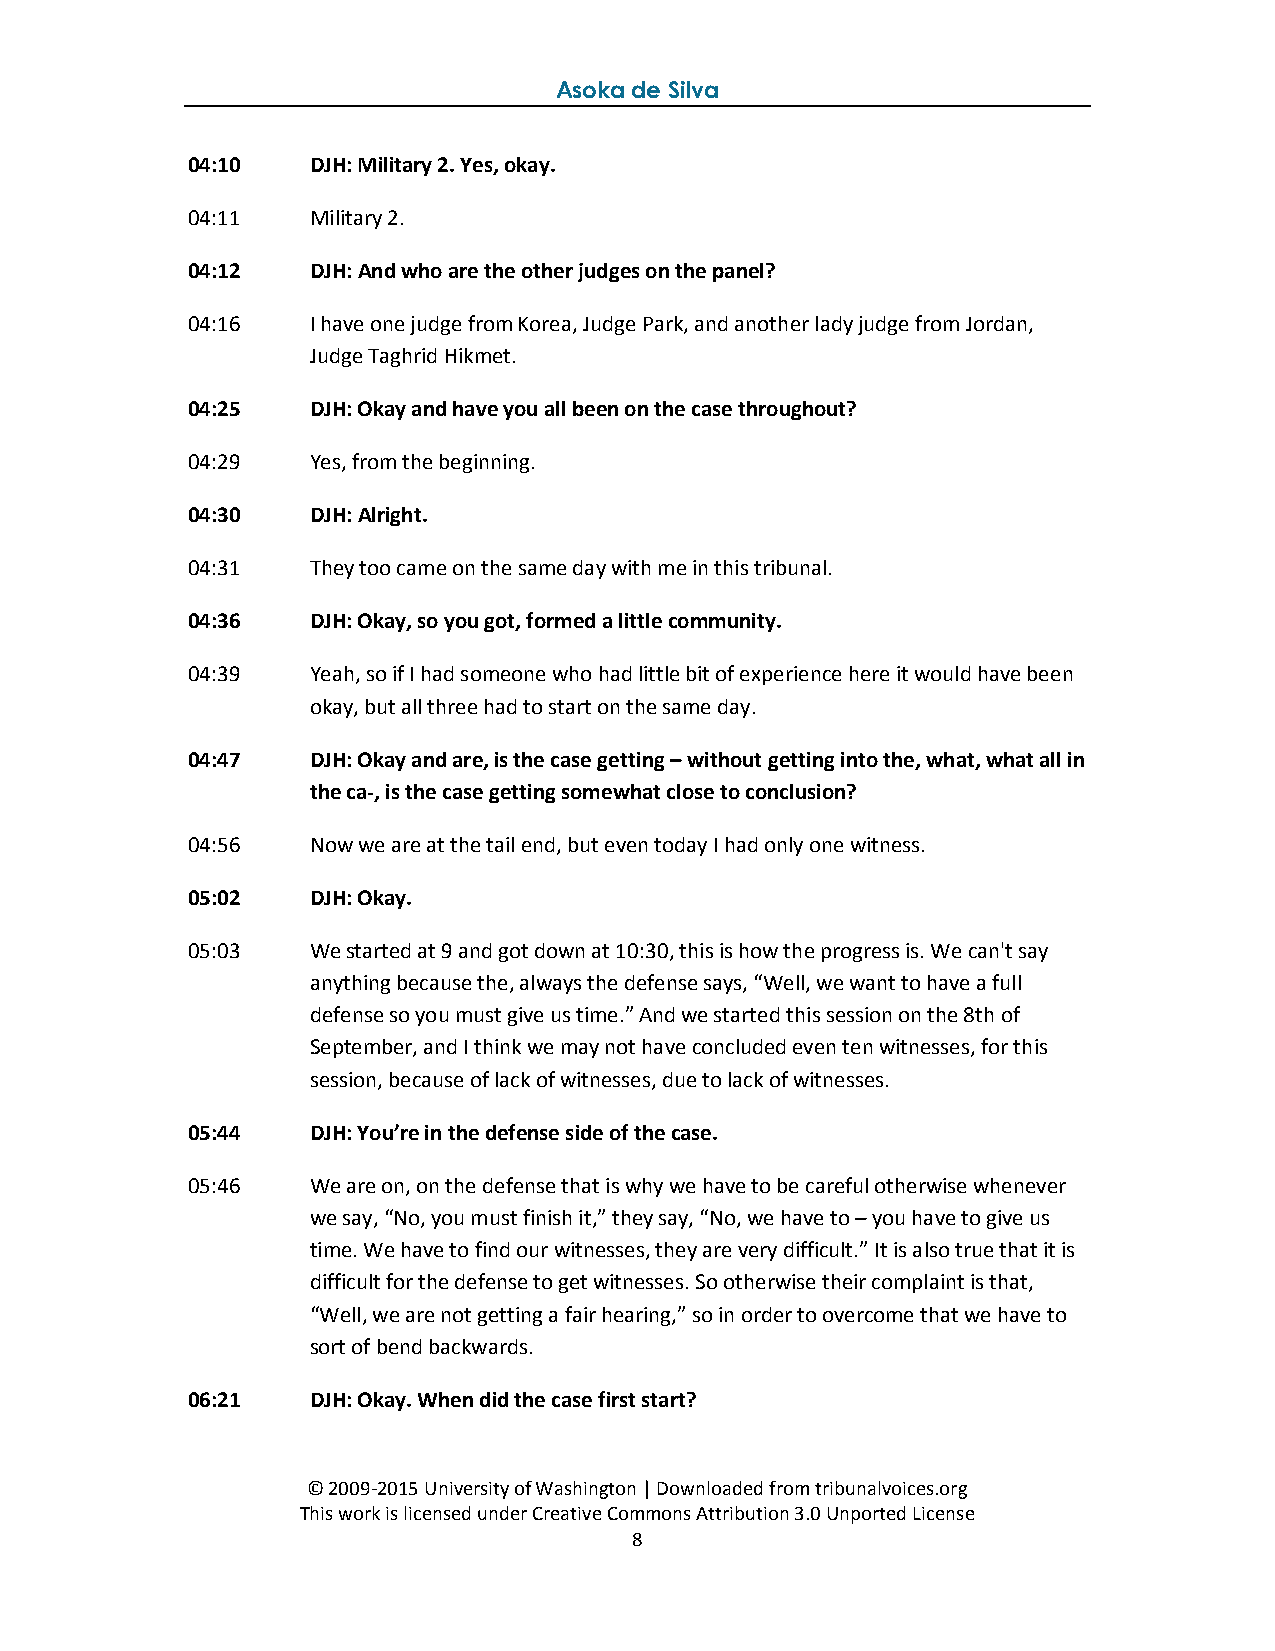
Asoka de Silva
 04:10   DJH: Military 2. Yes, okay.
 04:11   Military 2.
 04:12   DJH: And who are the other judges on the panel?
 04:16   I have one judge from Korea, Judge Park, and another lady judge from Jordan,
 Judge Taghrid Hikmet.
 04:25   DJH: Okay and have you all been on the case throughout?
 04:29   Yes, from the beginning.
 04:30   DJH: Alright.
 04:31   They too came on the same day with me in this tribunal.
 04:36   DJH: Okay, so you got, formed a little community.
 04:39   Yeah, so if I had someone who had little bit of experience here it would have been
 okay, but all three had to start on the same day.
 04:47   DJH: Okay and are, is the case getting – without getting into the, what, what all in
 the ca-, is the case getting somewhat close to conclusion?
 04:56   Now we are at the tail end, but even today I had only one witness.
 05:02   DJH: Okay.
 05:03   We started at 9 and got down at 10:30, this is how the progress is. We can't say
 anything because the, always the defense says, “Well, we want to have a full
 defense so you must give us time.” And we started this session on the 8th of
 September, and I think we may not have concluded even ten witnesses, for this
 session, because of lack of witnesses, due to lack of witnesses.
 05:44   DJH: You’re in the defense side of the case.
 05:46   We are on, on the defense that is why we have to be careful otherwise whenever
 we say, “No, you must finish it,” they say, “No, we have to – you have to give us
 time. We have to find our witnesses, they are very difficult.” It is also true that it is
 difficult for the defense to get witnesses. So otherwise their complaint is that,
 “Well, we are not getting a fair hearing,” so in order to overcome that we have to
 sort of bend backwards.
 06:21   DJH: Okay. When did the case first start?
 © 2009-2015 University of Washington | Downloaded from tribunalvoices.org
 This work is licensed under Creative Commons Attribution 3.0 Unported License
 8